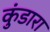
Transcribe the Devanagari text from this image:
कुंडारा